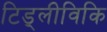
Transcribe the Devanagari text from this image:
टिड्लीविकि